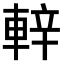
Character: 𨌍